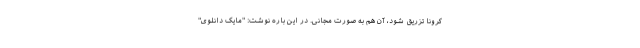
کرونا تزریق شود، آن هم به صورت مجانی. در این باره نوشت: "مایک دانلوی"